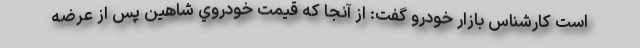
است كارشناس بازار خودرو گفت: از آنجا كه قيمت خودروي شاهين پس از عرضه